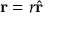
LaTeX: \mathbf { r } = r { \hat { \mathbf { r } } }